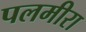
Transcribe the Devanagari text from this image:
पलमीरा